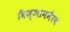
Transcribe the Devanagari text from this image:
विज्ञानभैरव